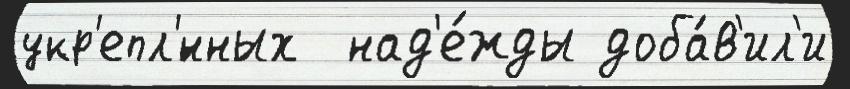
укр'епл'́нных  над'е́жды доба́в'ил'и